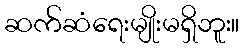
ဆက်ဆံရေးမျိုးမရှိဘူး။